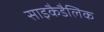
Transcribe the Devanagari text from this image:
साइकैडैलिक